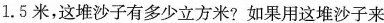
1.5米，这堆沙子有多少立方米？如果用这堆沙子来